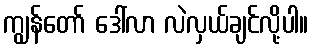
ကျွန်တော် ဒေါ်လာ လဲလှယ်ချင်လို့ပါ။